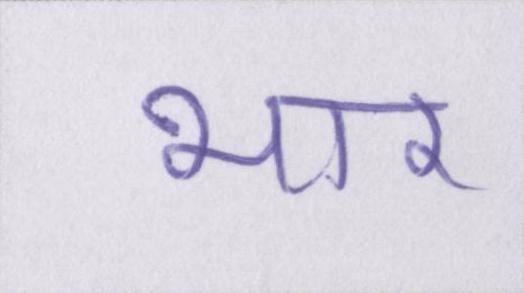
भार